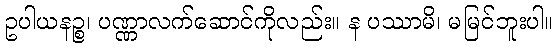
ဥပါယနဉ္စ၊ ပဏ္ဏာလက်ဆောင်ကိုလည်း။ န ပဿာမိ၊ မမြင်ဘူးပါ။